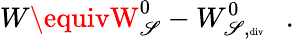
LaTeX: W\equivW_{\mathscr{S}}^{0}-W_{\mathscr{S},\tiny{\mathrm{{div}}}}^{0}~~~.